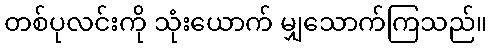
တစ်ပုလင်းကို သုံးယောက် မျှသောက်ကြသည်။